Indian journal of veterinary science and animal husbandry - Volume 2,
Year: 1932
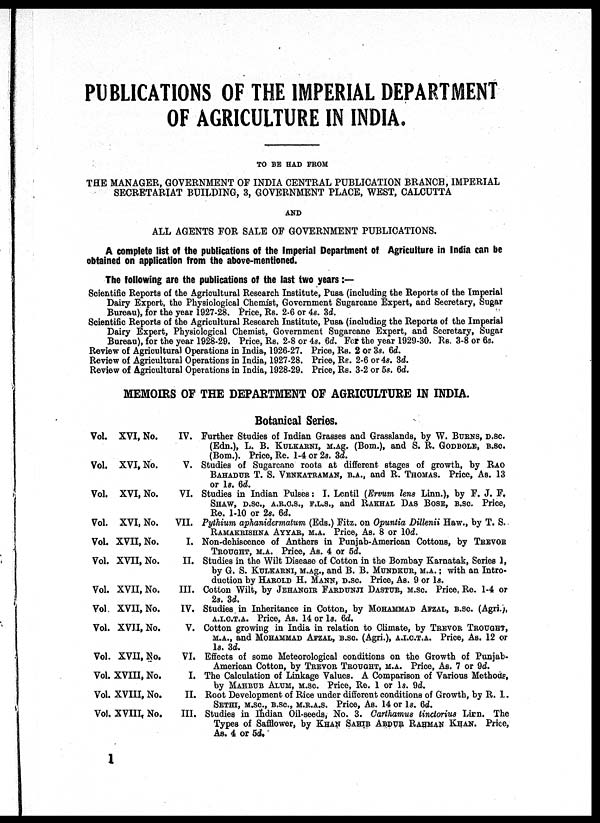
PUBLICATIONS OF THE IMPERIAL DEPARTMENT
OF AGRICULTURE IN INDIA.
TO BE HAD FROM
THE MANAGER, GOVERNMENT OF INDIA CENTRAL PUBLICATION BRANCH, IMPERIAL
SECRETARIAT BUILDING, 3, GOVERNMENT PLACE, WEST, CALCUTTA
AND
ALL AGENTS FOR SALE OF GOVERNMENT PUBLICATIONS.
A complete list of the publications of the Imperial Department of Agriculture in India can be
obtained on application from the above-mentioned.
The following are the publications of the last two years :—
Scientific Reports of the Agricultural Research Institute, Pusa (including the Reports of the Imperial
Dairy Expert, the Physiological Chemist, Government Sugarcane Expert, and Secretary, Sugar
Bureau), for the year 1927-28. Price, Rs. 2-6 or 4s. 3d.
Scientific Reports of the Agricultural Research Institute, Pusa (including the Reports of the Imperial
Dairy Expert, Physiological Chemist, Government Sugarcane Expert, and Secretary, Sugar
Bureau), for the year 1928-29. Price, Rs. 2-8 or 4s. 6d. For the year 1929-30. Rs. 3-8 or 6s.
Review of Agricultural Operations in India, 1926-27. Price, Rs. 2 or 3s. 6d.
Review of Agricultural Operations in India, 1927-28. Price, Rs. 2-6 or 4s. 3d.
Review of Agricultural Operations in India, 1928-29. Price, Rs. 3-2 or 5s. 6d.
MEMOIRS OF THE DEPARTMENT OF AGRICULTURE IN INDIA.
Botanical Series.
Vol.
Vol.
Vol.
Vol.
Vol.
Vol.
Vol.
Vol.
Vol.
Vol.
Vol.
Vol.
Vol.
XVI, No.
XVI, No.
XVI, No.
XVI, No.
XVII, No.
XVII, No.
XVII, No.
XVII, No.
XVII, No.
XVII, No.
XVIII, No.
XVIII, No.
XVIII, No.
IV.
V.
VI.
VII.
I.
II.
III.
IV.
V.
VI.
I.
II.
III.
Further Studies of Indian Grasses and Grasslands, by W. BURNS, D.SC.
(Edn.), L. B. KULLARNI, M.Ag. (Bom.), and S. R. GODBOLE, B.SC.
(Bom.). Price, Re. 1-4 or 2s. 3d.
Studies of Sugarcane roots at different stages of growth, by RAO
BAHADUR T. S. VENKATEAMAN, B.A., and R. THOMAS. Price, As. 13
or 1s. 6d.
Studies in Indian Pulses: I. Lentil (Ervum lens Linn.), by F. J. F.
SHAW, D.SC., A.R.C.S., E.L.S., and RAKHAL DAS BOSE, B.SC. Price,
Re. 1-10 or 2s. 6d.
Pythium aphanidermatum (Eds.) Fitz. on Opuntia Dillenii Haw., by T. S.
RAMAKRISHNA AYYAR, M.A. Price, As. 8 or 10d.
Non-dehiscence of Anthers in Punjab-American Cottons, by TREVOR
TROUGHT, M.A. Price, As. 4 or 5d.
Studies in the Wilt Disease of Cotton in the Bombay Karnatak, Series 1,
by G. S. KULKARNI, M.Ag., and B. B. MUNDKUR, M.A. ; with an Intro-
duction by HAROLD H. MANN, D.SC. Price, As. 9 or 1s.
Cotton Wilt, by JEHANGIR FARDUNJI DASTUR, M.SC. Price, Re. 1-4 or
2s. 3d.
Studies in Inheritance in Cotton, by MOHAMMAD AFZAL, B.SC. (Agri.),
A.I.C.T.A. Price, As. 14 or 1s. 6d.
Cotton growing in India in relation to Climate, by TREVOR TROUGHT,
M.A., and MOHAMMAD AFZAL, B.SC (Agri.), A.I.C.T.A. Price, As. 12 or
1s. 3d.
Effects of some Meteorological conditions on the Growth of Punjab-
American Cotton, by TREVOR TROUGHT, M.A. Price, As. 7 or 9d.
The Calculation of Linkage Values. A Comparison of Various Methods,
by MAHBUB ALUM, M.SC Price, Re. 1 or 1s. 9d.
Root Development of Rice under different conditions of Growth, by R. I.
SETHI, M.SC., B.SC., M.R.A.S. Price, As. 14 or 1s. 6d.
Studies in Indian Oil-seeds, No. 3. Carthamus tinctorius Linn. The
Types of Safflower, by KHAN SAHIB ABDUR RAHMAN KHAN. Price,
As. 4 or 5d.
1